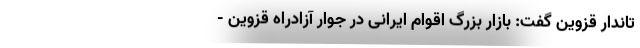
تاندار قزوین گفت: بازار بزرگ اقوام ایرانی در جوار آزادراه قزوین -